Bréfritari: Sigríður Guðmundsdóttir
Viðtakandi: Jón Borgfirðings Jónsson
Dagsetning: A-1858-11-24
Skrifað á: Reykjavík  Gull.

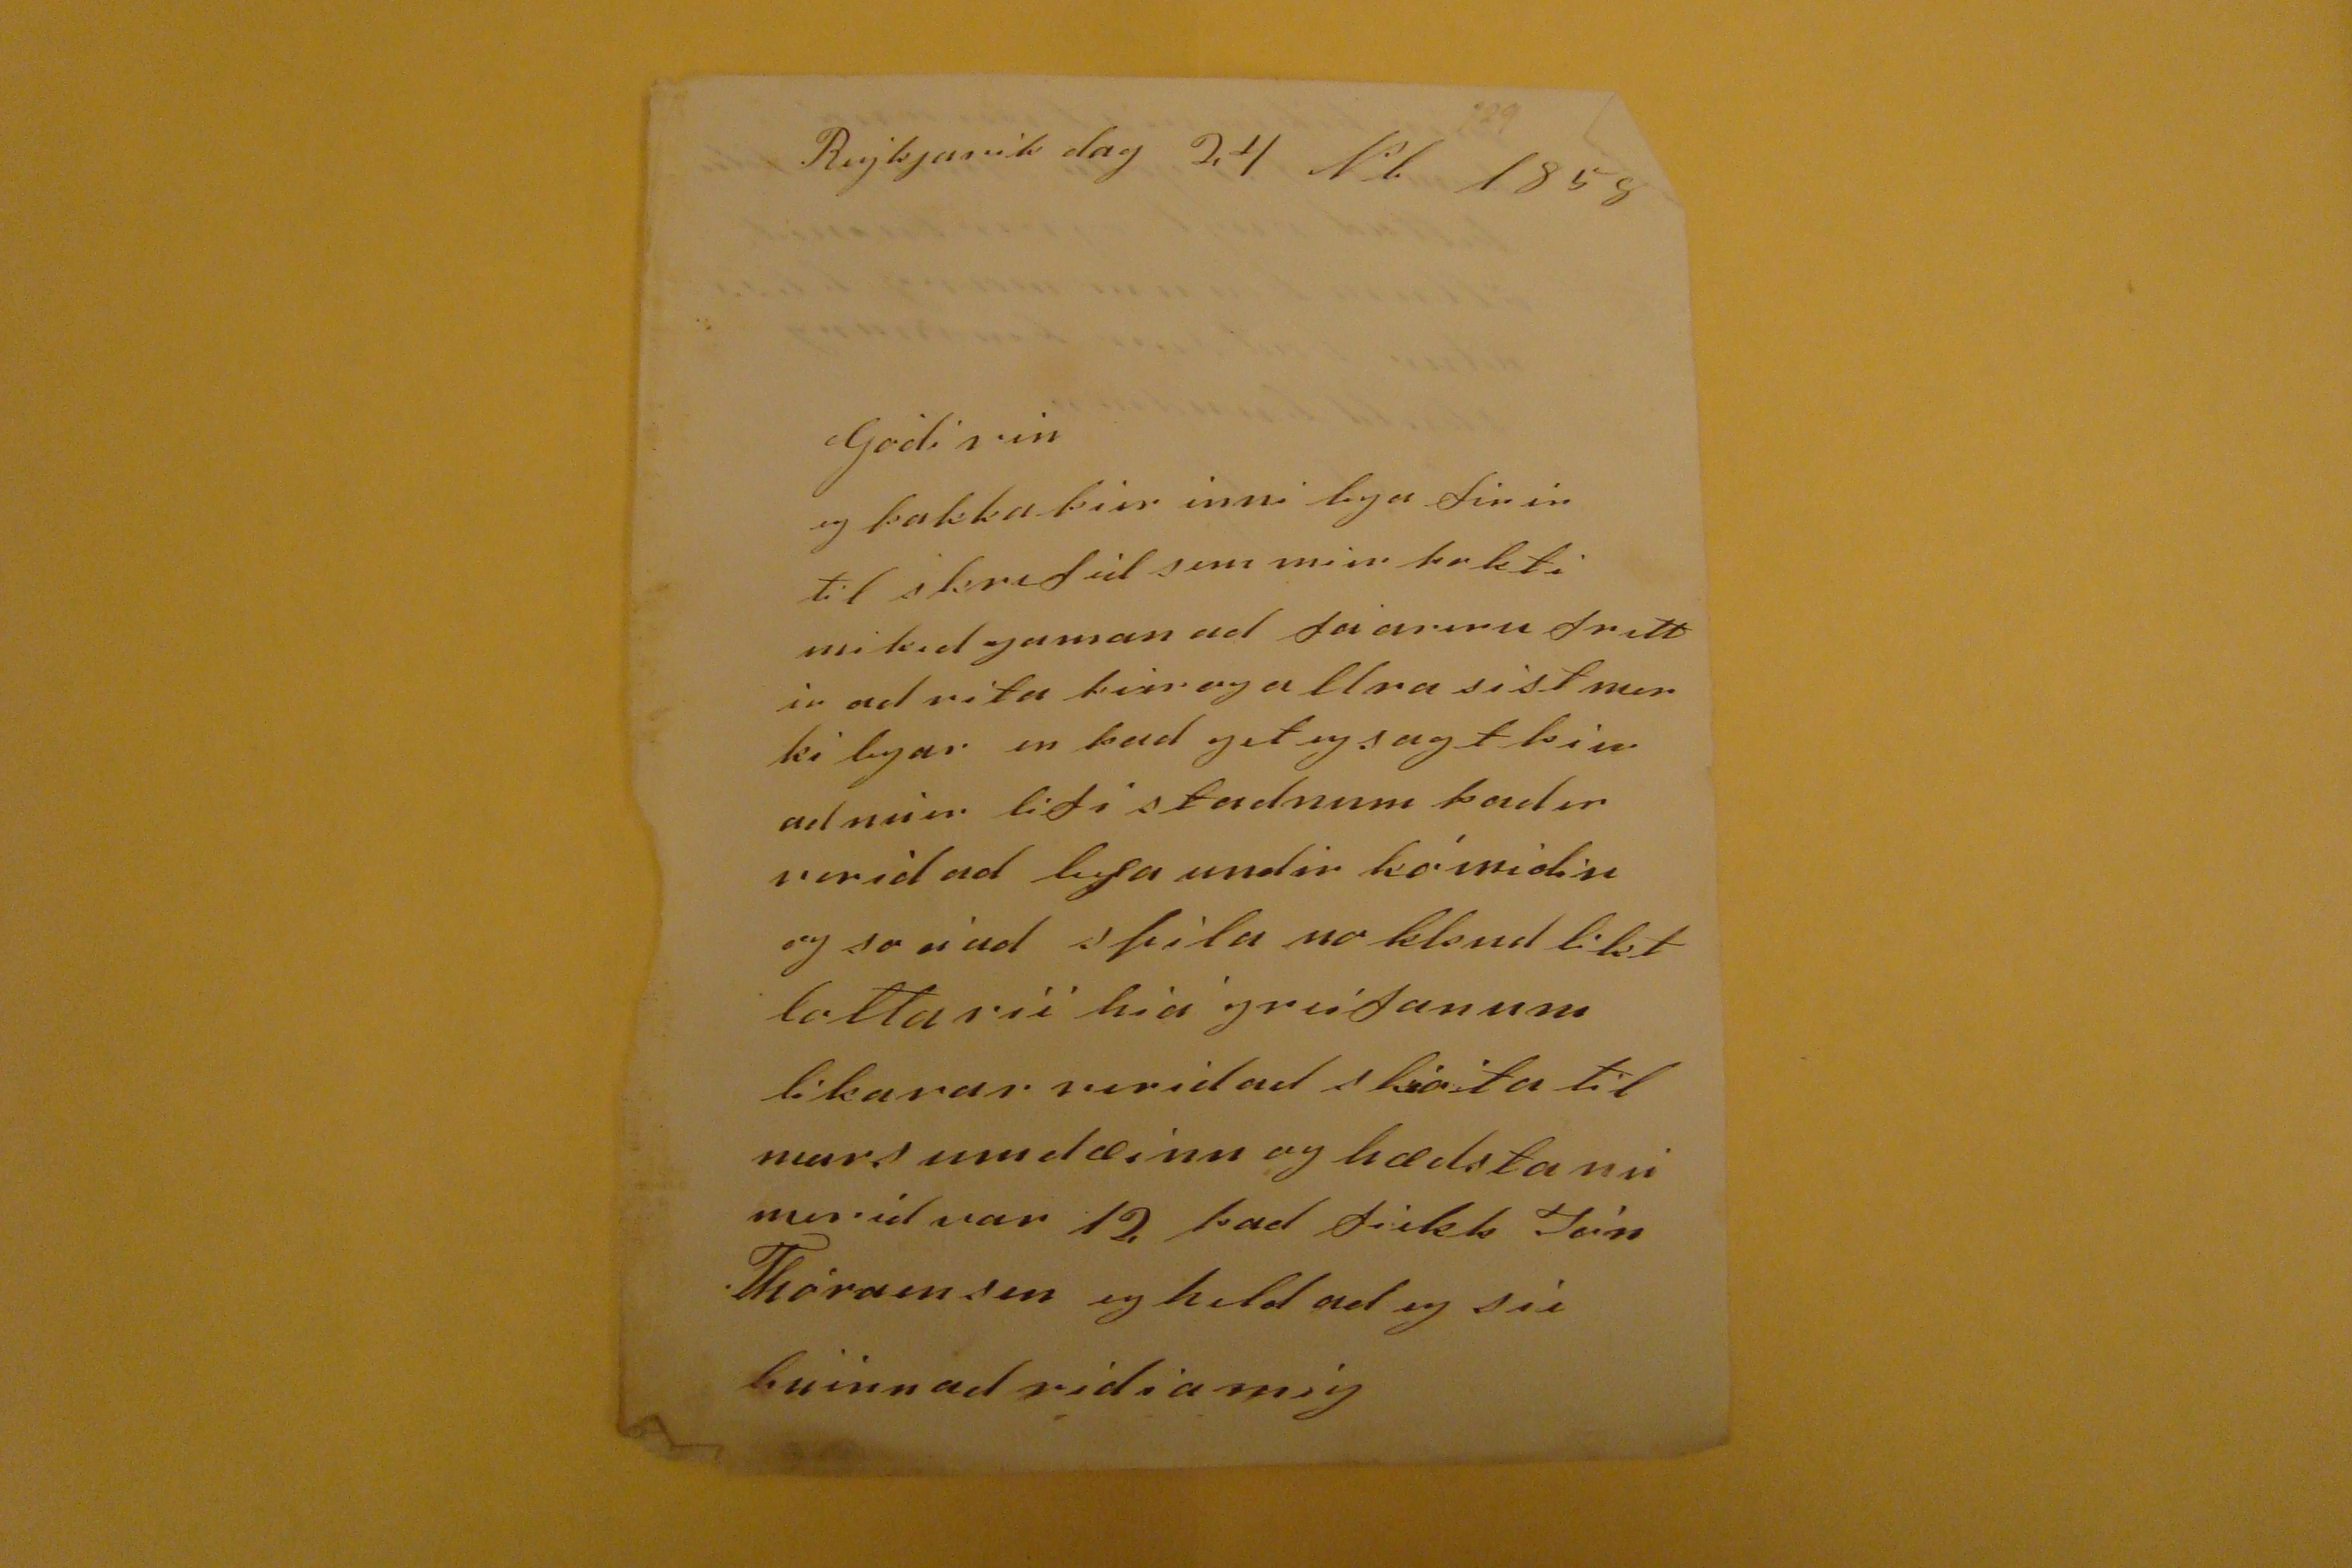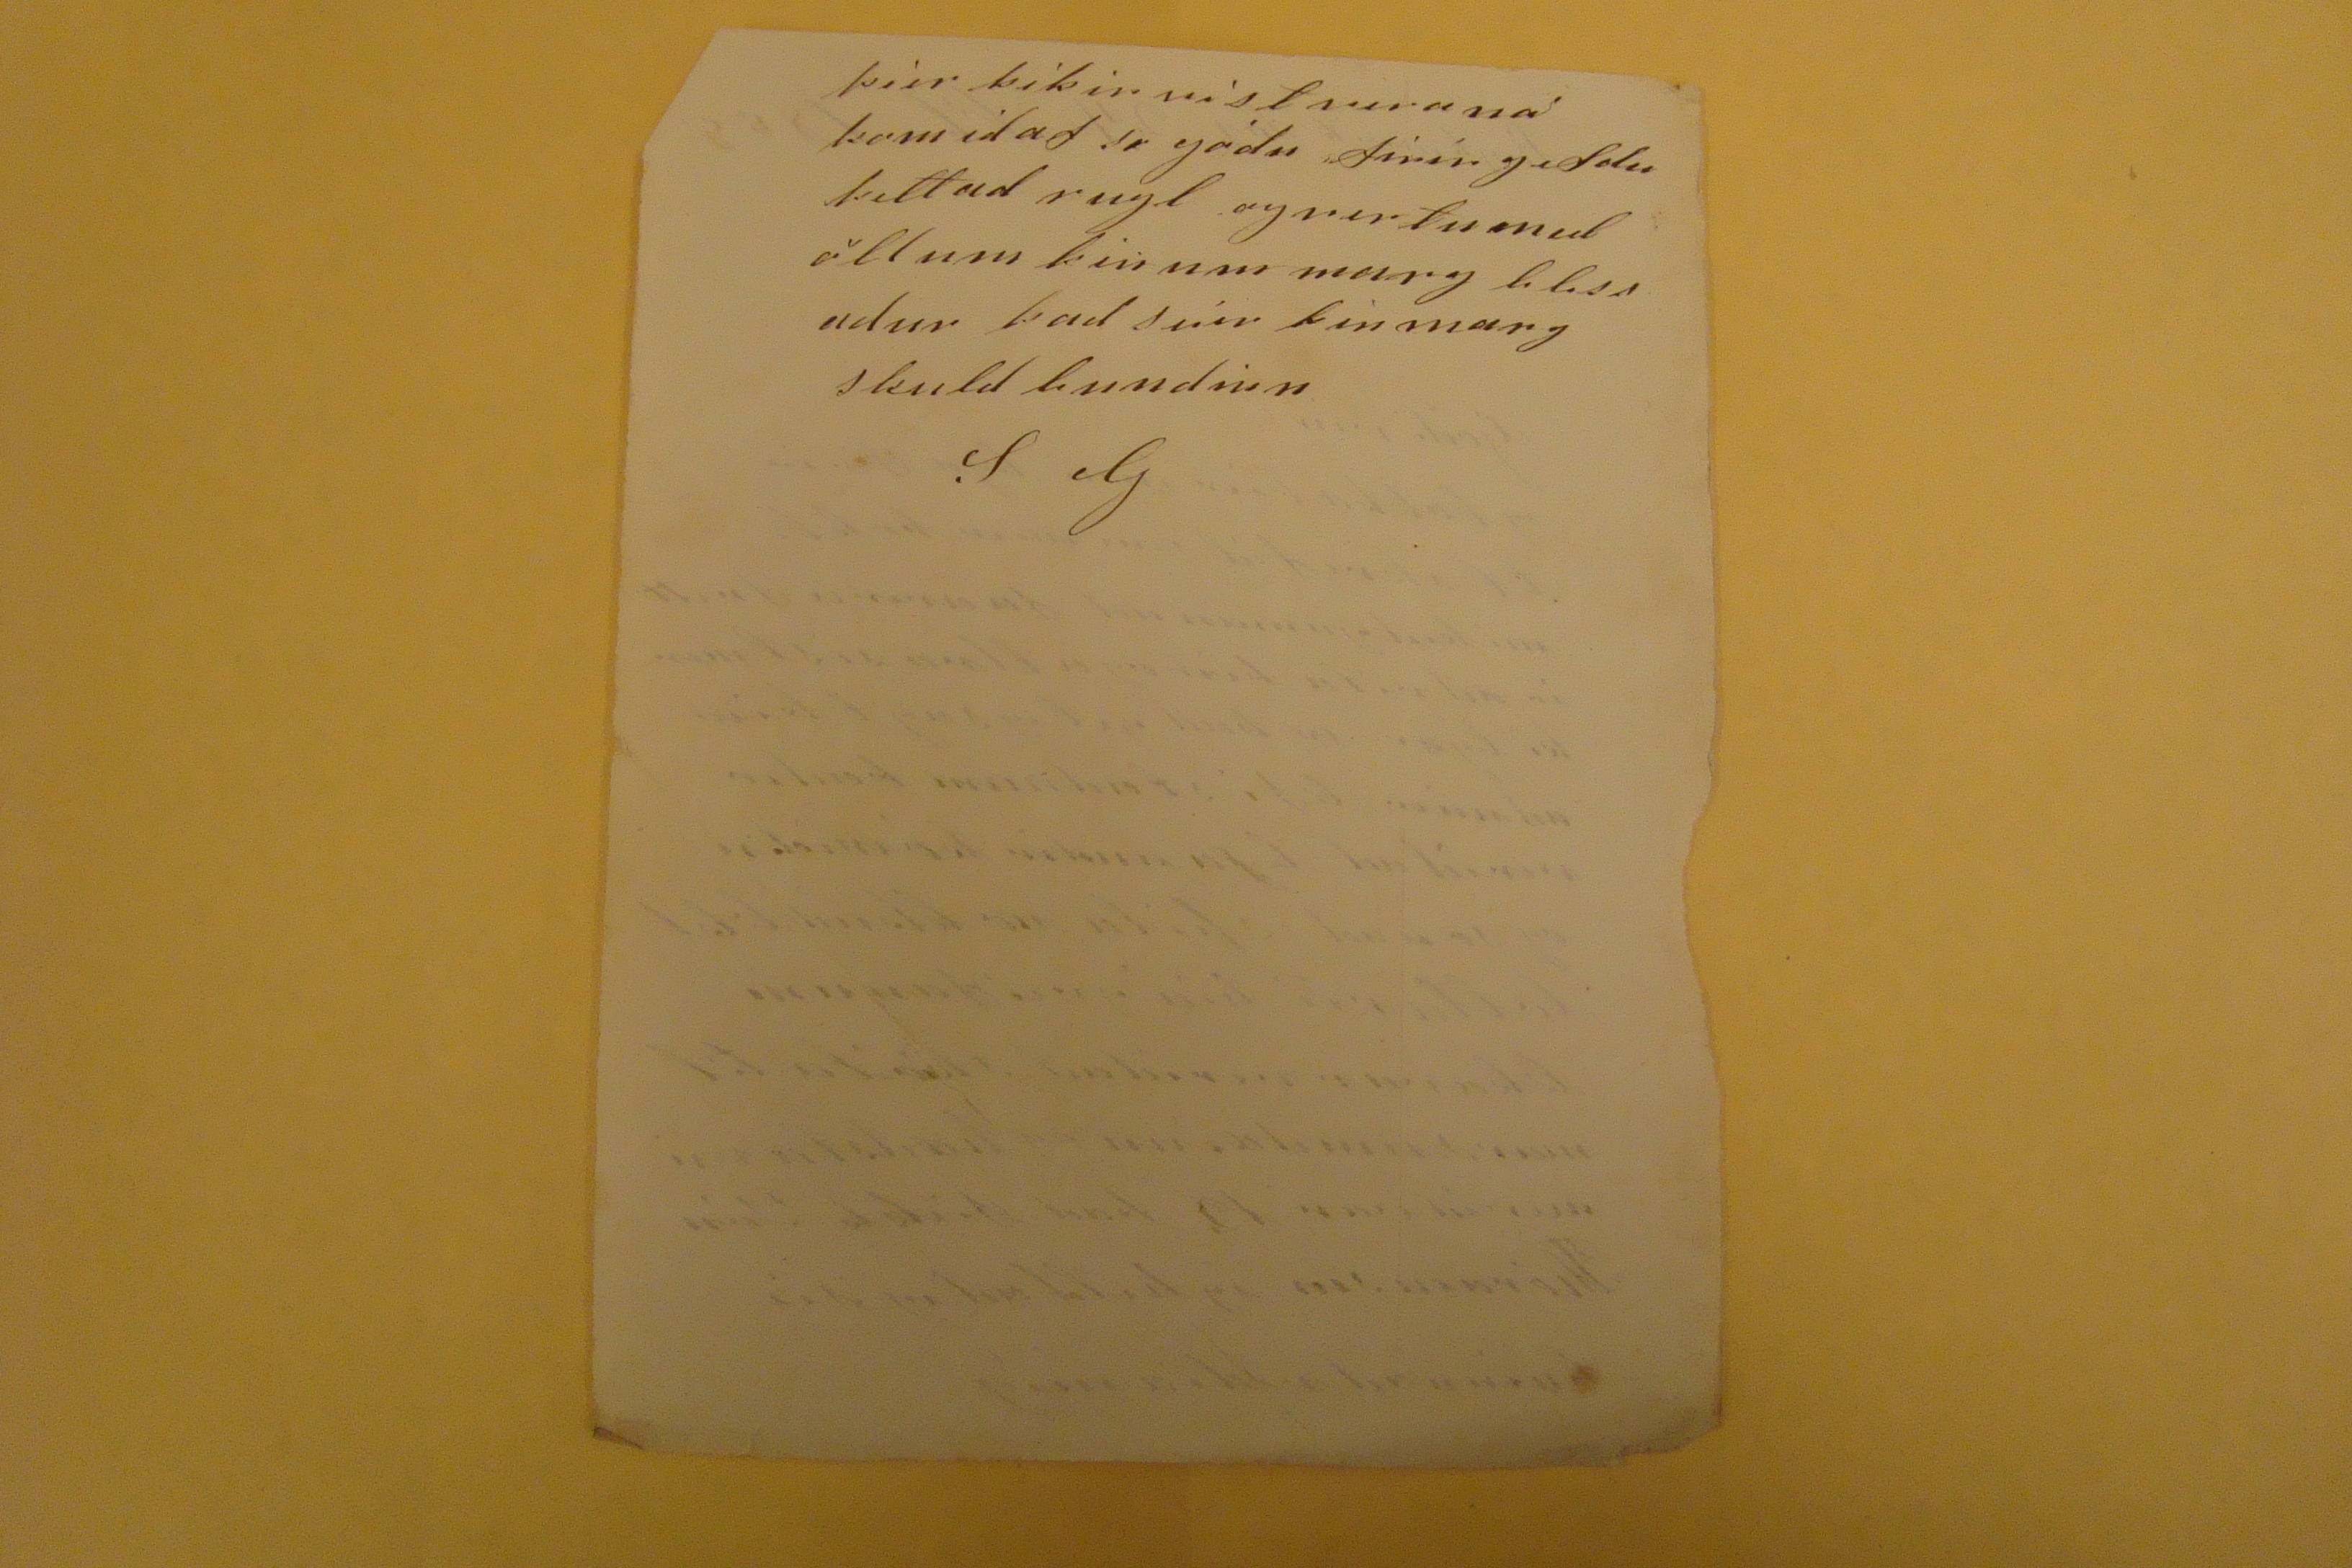

Reykjavik dag 24 Nb 1858
Gódi vin
eg þakka þier innilega firir til skrifid sem mier þokti mikid gaman ad fá
arirn frettir
ad rita þier og allra sist merki legar en þad get eg sagt þier ad mier lifi stadnum þader verid ad
lesa
undier
kómidin
og so á ad spila nokkud likt lottarii hia greifanum likarar verid ad skiota til marsumdæinn og hædsta nu merid var 12 þad fiekk Jón Thóraensen eg held ad eg sie búinn ad
ridia mig
þier þikir vist vera ná komid af so gódu firir gefdu þettad rugl og vertu med öllum þinum marg blessadur þad seiir þin margskuld bundinn
S G